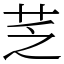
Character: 䒦